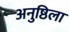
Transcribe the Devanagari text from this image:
अनुष्ठिला